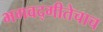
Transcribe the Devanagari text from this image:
भगवद्गीतेचाच